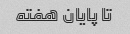
تا پایان هفته